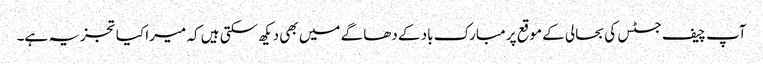
آپ چیف جسٹس کی بحالی کے موقع پر مبارک باد کے دھاگے میں بھی دیکھ سکتی ہیں کہ میرا کیا تجزیہ ہے۔